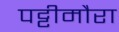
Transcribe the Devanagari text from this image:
पट्टीमौरा